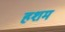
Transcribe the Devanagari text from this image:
हशम